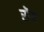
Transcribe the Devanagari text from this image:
रॊय